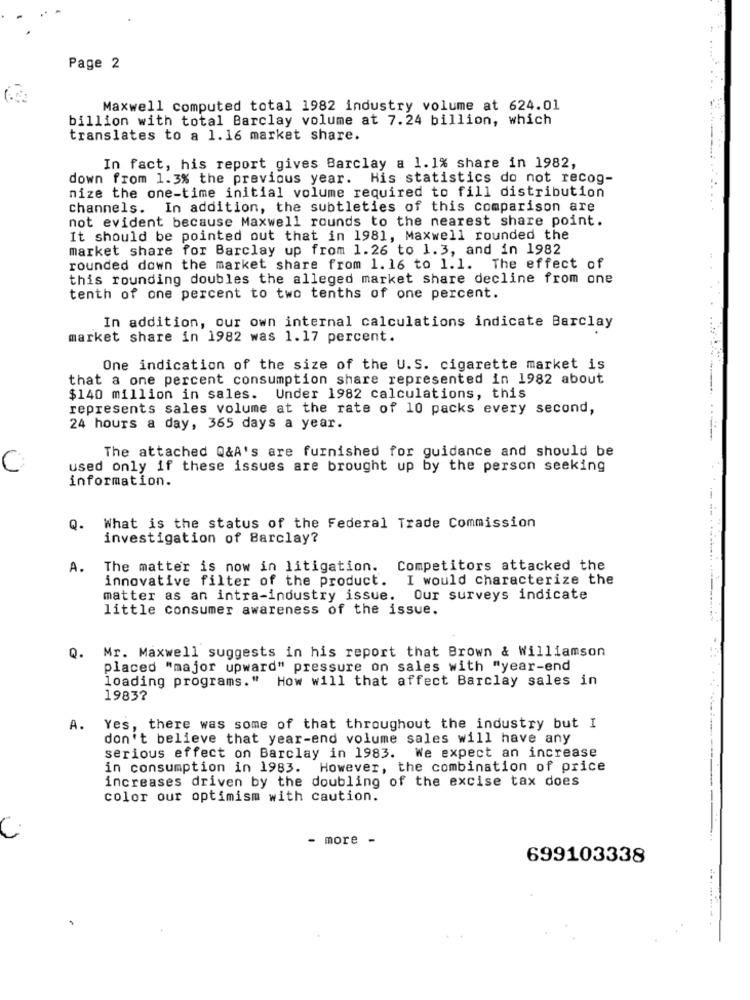
Page 2
Maxwell computed total 1982 industry volume at 624.01
billion with total Barclay volume at 7.24 billion, which
translates to a 1.16 market share.
In fact, his report gives Barclay a 1.1% share in 1982,
down from 1.3% the previous year.
His statistics do not recog-
nize the one-time initial volume required to fill distribution
channels. In addition, the subtleties of this comparison are
not evident because Maxwell rounds to the nearest share point.
It should be pointed out that in 1981, Maxwell rounded the
market share for Barclay up from 1.26 to 1.3, and in 1982
rounded down the market share from 1.16 to 1.1. The effect of
this rounding doubles the alleged market share decline from one
tenth of one percent to two tenths of one percent.
In addition, our own internal calculations indicate Barclay
market share in 1982 was 1.17 percent.
One indication of the size of the U.S. cigarette market is
that a one percent consumption share represented in 1982 about
$140 million in sales. Under 1982 calculations, this
represents sales volume at the rate of 10 packs every second,
24 hours a day, 365 days a year.
The attached Q&A's are furnished for guidance and should be
C
used only if these issues are brought up by the person seeking
information.
Q.
What is the status of the Federal Trade Commission
investigation of Barclay?
A.
The matter is now in litigation. Competitors attacked the
innovative filter of the product. I would characterize the
matter as an intra-industry issue.
Our surveys indicate
little consumer awareness of the issue.
Mr. Maxwell suggests in his report that Brown & Williamson
Q.
placed "major upward" pressure on sales with "year-end
loading programs." How will that affect Barclay sales in
1983?
A.
Yes, there was some of that throughout the industry but I
don't believe that year-end volume sales will have any
serious effect on Barclay in 1983. We expect an increase
in consumption in 1983. However, the combination of price
increases driven by the doubling of the excise tax does
color our optimism with caution.
C
- more -
699103338